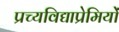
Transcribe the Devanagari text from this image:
प्रच्यविद्याप्रेमियों